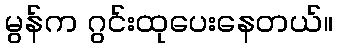
မွန်က ဂွင်းထုပေးနေတယ်။